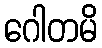
ဂေါတမိ